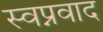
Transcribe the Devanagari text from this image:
स्वप्नवाद